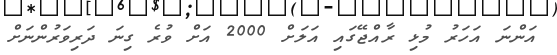
އަންނަ އަހަރު މުޅި ރާއްޖޭގައި އަލަށް 2000 އަށް ވުރެ ގިނަ ދަރިވަރުންނަށް